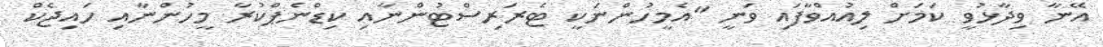
އޭނާ ވިދާޅުވީ ކަމަށް ލިއުއްވާފައި ވަނީ "އެމީހުންނަކީ ޓެރަރިސްޓުންނާއި ކިޑްނެޕްކުރާ މީހުންނާއި ހައިޖެކް